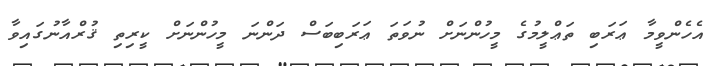
އެހެންވީމާ ޢަރަބި ތަޢްލީމުގެ މީހުންނަށް ނުވަތަ ޢަރަބިބަސް ދަންނަ މީހުންނަށް ކީރިތި ޤުރްއާނުގައިވާ